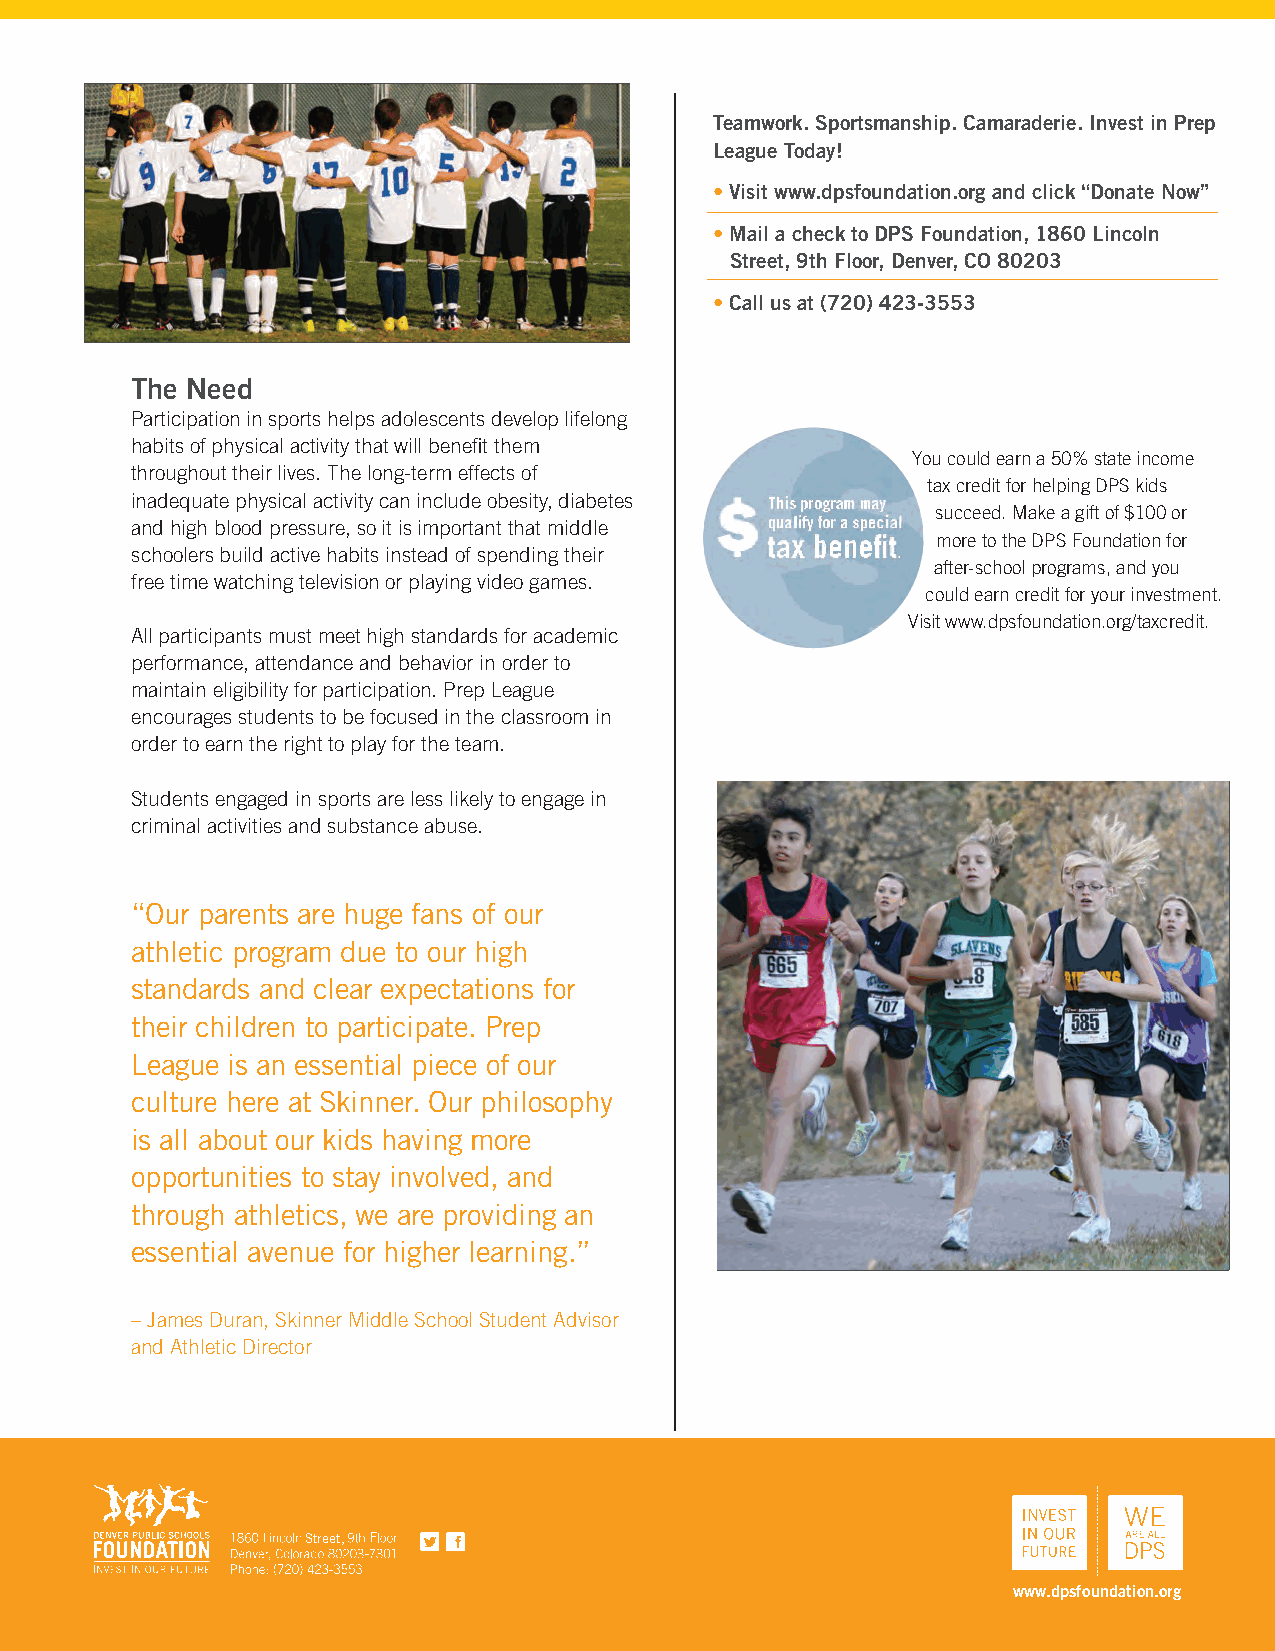
Teamwork. Sportsmanship. Camaraderie. Invest in Prep
 League Today!
 • Visit www.dpsfoundation.org and click “Donate Now”
 • Mail a check to DPS Foundation, 1860 Lincoln
 Street, 9th Floor, Denver, CO 80203
 • Call us at (720) 423-3553
 The Need
 Participation in sports helps adolescents develop lifelong
 habits of physical activity that will benefit them
 You could earn a 50% state income
 throughout their lives. The long-term effects of
 tax credit for helping DPS kids
 inadequate physical activity can include obesity, diabetes
 succeed. Make a gift of $100 or
 and high blood pressure, so it is important that middle
 more to the DPS Foundation for
 schoolers build active habits instead of spending their
 after-school programs, and you
 free time watching television or playing video games.
 could earn credit for your investment.
 Visit www.dpsfoundation.org/taxcredit.
 All participants must meet high standards for academic
 performance, attendance and behavior in order to
 maintain eligibility for participation. Prep League
 encourages students to be focused in the classroom in
 order to earn the right to play for the team.
 Students engaged in sports are less likely to engage in
 criminal activities and substance abuse.
 “Our parents are huge fans of our
 athletic program due to our high
 Fall Sports: Flag Football, Coed Cross Country, Prep League ensures that DPS students have a quality, standards and clear expectations for
 Boys Soccer, Girls Softball, Girls Volleyball school-based program to participate in after-school. Prep
 their children to participate. Prep
 League also encourages a strong focus on academics
 Winter Sports: Boys and Girls Basketball requiring students to maintain a minimum GPA in all of League is an essential piece of our
 their classes in order to participate in the program and
 culture here at Skinner. Our philosophy
 Spring: Girls Soccer and Boys Baseball, 6th grade Boys compete each week. This positive incentive encourages
 and Girls Basketball participants to remain focused in the classroom and on is all about our kids having more
 track academically, to support their athletic pursuits. opportunities to stay involved, and
 Late Spring-Summer: Broncos Futures Football,
 through athletics, we are providing an
 Futures Volleyball, Futures Soccer, Rockies RBI Baseball
 What Your Support Will Do
 and Softball essential avenue for higher learning.”
 Thanks to private support 6,000 DPS students compete
 Prep League gives students access to positive role in 17 different Prep League sports teams each year.
 – James Duran, Skinner Middle School Student Advisor
 models, such as coaches and older players. Middle
 school students tend to be sensitive to criticism, Prep League is funded almost entirely through and Athletic Director
 self-conscious, loyal to peers and more motivated by community support. The program would not be possible
 social factors than by academic concerns. As a result, without sponsorships and contributions.
 they benefit from sports programs that foster teamwork,
 leadership and skill-building.
 Street, F
 www.dpsfoundation.org